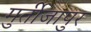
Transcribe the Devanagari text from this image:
मुर्तीजापुर